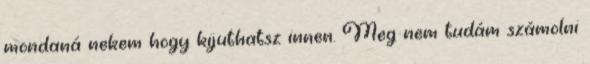
mondaná nekem hogy kijuthatsz innen. Meg nem tudám számolni